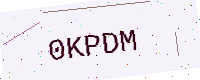
Text: 0KPDM